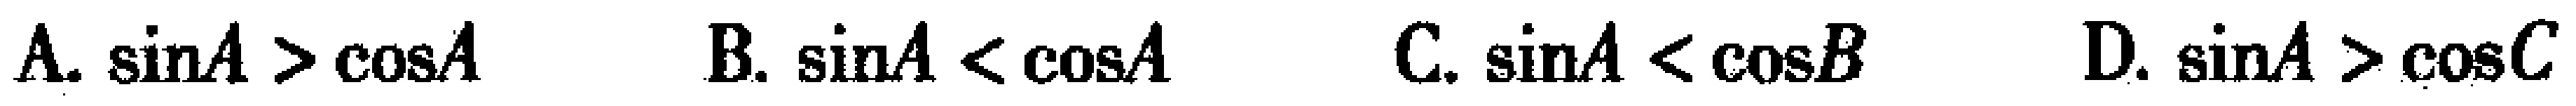
A. $\sin A > \cos A$  B. $\sin A < \cos A$  C. $\sin A < \cos B$  D. $\sin A > \cos C$